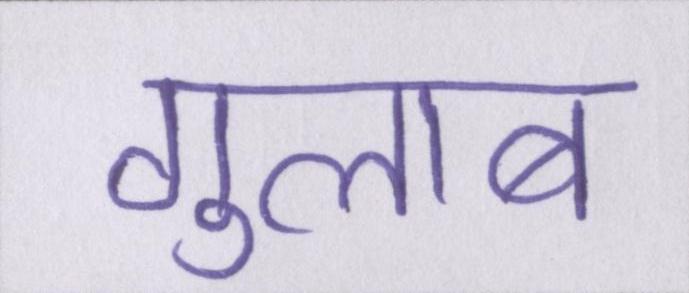
गुलाब